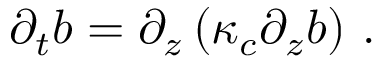
\partial _ { t } b = \partial _ { z } \left( \kappa _ { c } \partial _ { z } b \right) \, .